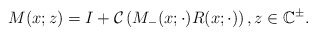
\begin{align*}M (x ; z)=I+\mathcal{C}\left(M_{-}(x ; \cdot) R(x ; \cdot)\right) , z \in \mathbb{C}^{\pm}. \end{align*}